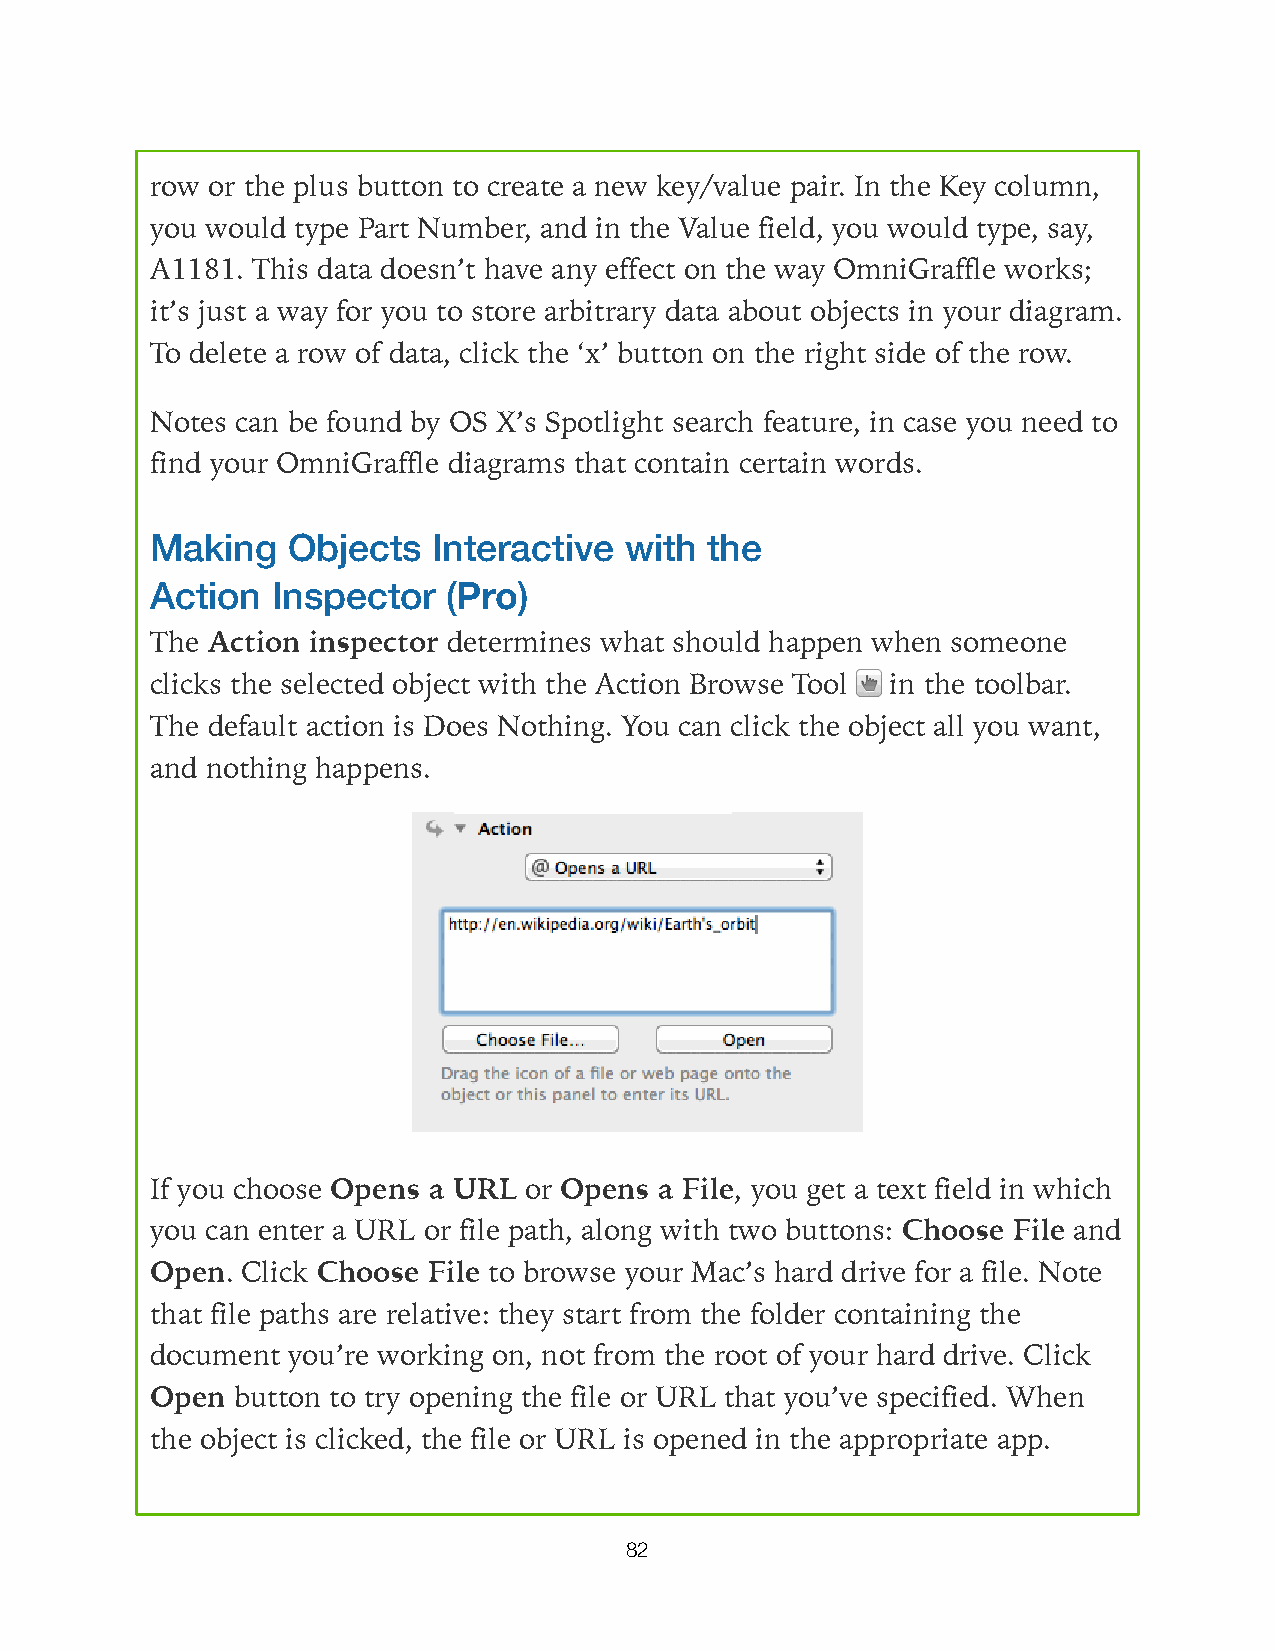
row or the plus button to create a new key/value pair. In the Key column,
 you would type Part Number, and in the Value field, you would type, say,
 A1181. This data doesn’t have any effect on the way OmniGraffle works;
 it’s just a way for you to store arbitrary data about objects in your diagram.
 To delete a row of data, click the ‘x’ button on the right side of the row.
 Notes can be found by OS X’s Spotlight search feature, in case you need to
 find your OmniGraffle diagrams that contain certain words.
 Making   Objects   Interactive with  the
 Action  Inspector   (Pro)
 The Action inspector determines what should happen when someone
 clicks the selected object with the Action Browse Tool in the toolbar.
 The default action is Does Nothing. You can click the object all you want,
 and nothing happens.
 If you choose Opens a URL or Opens a File, you get a text field in which
 you can enter a URL or file path, along with two buttons: Choose File and
 Open. Click Choose File to browse your Mac’s hard drive for a file. Note
 that file paths are relative: they start from the folder containing the
 document you’re working on, not from the root of your hard drive. Click
 Open button to try opening the file or URL that you’ve specified. When
 the object is clicked, the file or URL is opened in the appropriate app.
 82